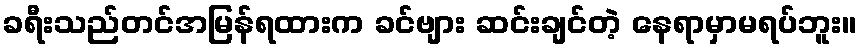
ခရီးသည်တင်အမြန်ရထားက ခင်ဗျား ဆင်းချင်တဲ့ နေရာမှာမရပ်ဘူး။